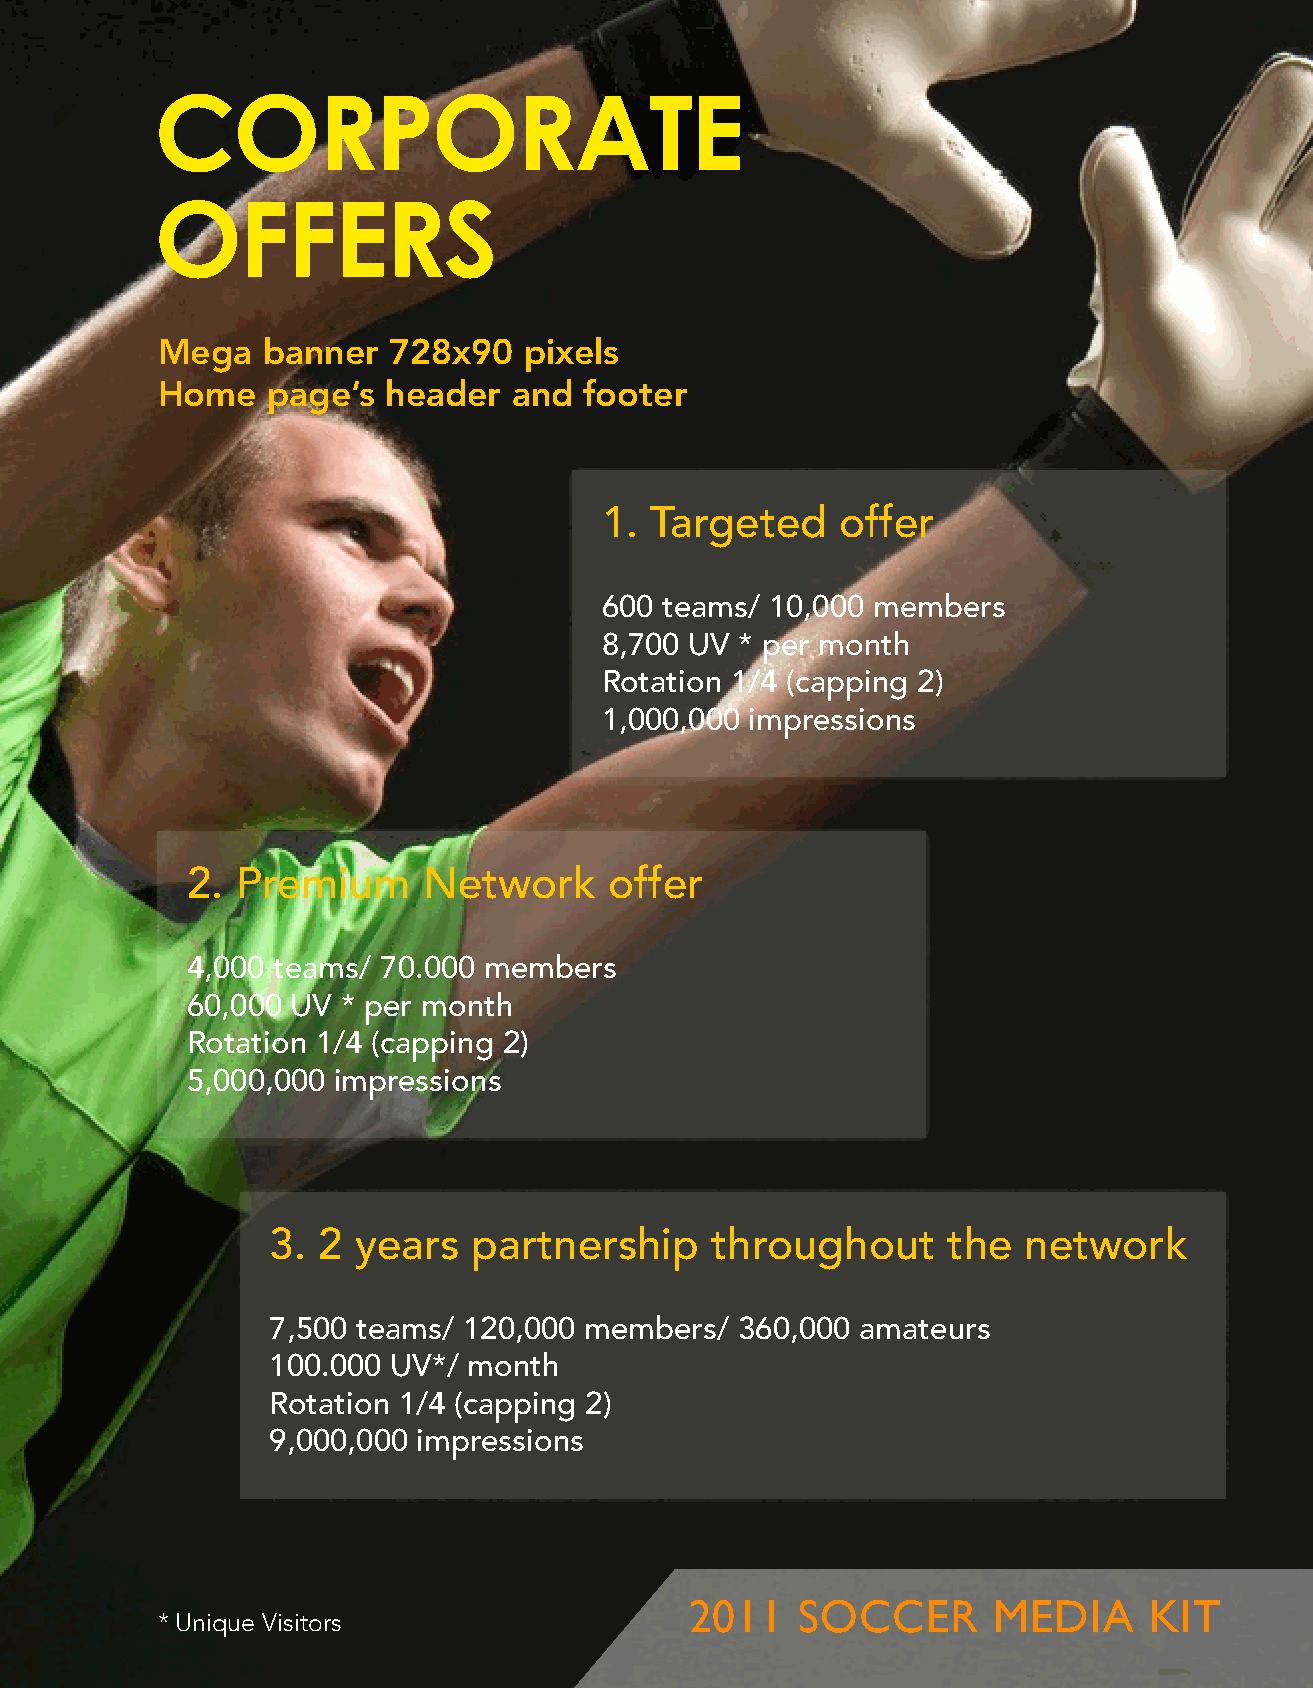
CORPORATE
 OFFERS
 Mega   banner   728x90   pixels
 Home    page’s header   and  footer
 1. Targeted     offer
 600 teams/ 10,000 members
 8,700 UV * per month
 Rotation 1/4 (capping 2)
 1,000,000 impressions
 2.  Premium     Network     offer
 4,000 teams/ 70.000 members
 60,000 UV  * per month
 Rotation 1/4 (capping 2)
 5,000,000 impressions
 3. 2 years   partnership     throughout      the  network
 7,500 teams/ 120,000 members/  360,000 amateurs
 100.000 UV*/ month
 Rotation 1/4 (capping 2)
 9,000,000 impressions
 2011   SOCCER       MEDIA     KIT
 * Unique Visitors